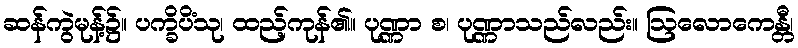
ဆန်ကွဲမုန့်၌။ ပက္ခိပိံသု၊ ထည့်ကုန်၏။ ပုဏ္ဏာ စ၊ ပုဏ္ဏာသည်လည်း။ ဩလောကေန္တီ၊